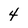
Character: 4